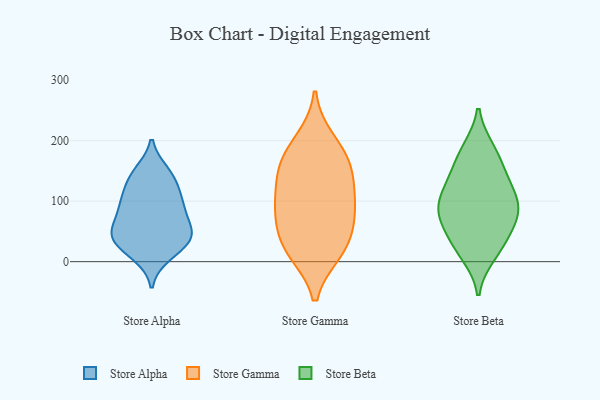
{"axis": {"x": "Customer Acquisition Cost (USD)", "y": "Value"}, "legend": ["Store Alpha", "Store Beta", "Store Gamma"], "data": [{"x": "", "y": 84, "type": "Store Alpha"}, {"x": "", "y": 50, "type": "Store Alpha"}, {"x": "", "y": 118, "type": "Store Alpha"}, {"x": "", "y": 148, "type": "Store Alpha"}, {"x": "", "y": 10, "type": "Store Alpha"}, {"x": "", "y": 19, "type": "Store Alpha"}, {"x": "", "y": 50, "type": "Store Alpha"}, {"x": "", "y": 114, "type": "Store Alpha"}, {"x": "", "y": 89, "type": "Store Alpha"}, {"x": "", "y": 139, "type": "Store Alpha"}, {"x": "", "y": 45, "type": "Store Alpha"}, {"x": "", "y": 42, "type": "Store Alpha"}, {"x": "", "y": 43, "type": "Store Alpha"}, {"x": "", "y": 48, "type": "Store Alpha"}, {"x": "", "y": 23, "type": "Store Alpha"}, {"x": "", "y": 91, "type": "Store Alpha"}, {"x": "", "y": 146, "type": "Store Alpha"}, {"x": "", "y": 90, "type": "Store Alpha"}, {"x": "", "y": 26, "type": "Store Gamma"}, {"x": "", "y": 131, "type": "Store Gamma"}, {"x": "", "y": 92, "type": "Store Gamma"}, {"x": "", "y": 93, "type": "Store Gamma"}, {"x": "", "y": 21, "type": "Store Gamma"}, {"x": "", "y": 59, "type": "Store Gamma"}, {"x": "", "y": 159, "type": "Store Gamma"}, {"x": "", "y": 87, "type": "Store Gamma"}, {"x": "", "y": 200, "type": "Store Gamma"}, {"x": "", "y": 152, "type": "Store Gamma"}, {"x": "", "y": 176, "type": "Store Gamma"}, {"x": "", "y": 17, "type": "Store Gamma"}, {"x": "", "y": 138, "type": "Store Beta"}, {"x": "", "y": 98, "type": "Store Beta"}, {"x": "", "y": 75, "type": "Store Beta"}, {"x": "", "y": 80, "type": "Store Beta"}, {"x": "", "y": 139, "type": "Store Beta"}, {"x": "", "y": 185, "type": "Store Beta"}, {"x": "", "y": 59, "type": "Store Beta"}, {"x": "", "y": 96, "type": "Store Beta"}, {"x": "", "y": 96, "type": "Store Beta"}, {"x": "", "y": 31, "type": "Store Beta"}, {"x": "", "y": 155, "type": "Store Beta"}, {"x": "", "y": 19, "type": "Store Beta"}, {"x": "", "y": 186, "type": "Store Beta"}, {"x": "", "y": 109, "type": "Store Beta"}, {"x": "", "y": 55, "type": "Store Beta"}, {"x": "", "y": 11, "type": "Store Beta"}]}